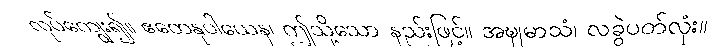
လုပ်ကျွေး၍။ ဧတေနုပါယေန၊ ဤသို့သော နည်းဖြင့်။ အဍ္ဎုမာသံ၊ လခွဲပတ်လုံး။